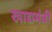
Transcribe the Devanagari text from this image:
खाद्यमंत्री